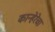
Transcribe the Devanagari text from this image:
कान्हेरेचा